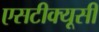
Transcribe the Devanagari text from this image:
एसटीक्यूसी